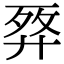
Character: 𢍗